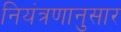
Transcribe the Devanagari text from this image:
नियंत्रणानुसार